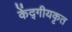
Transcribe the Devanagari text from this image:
केंद्गीयकृत